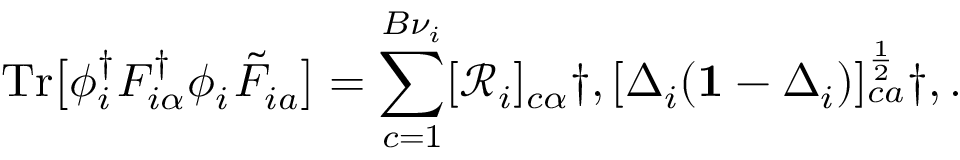
\mathrm { T r } \big [ \phi _ { i } ^ { \dagger } F _ { i \alpha } ^ { \dagger } \phi _ { i } ^ { \phantom { \dagger } } \tilde { F } _ { i a } ^ { \phantom { \dagger } } \big ] = \sum _ { c = 1 } ^ { B { \nu } _ { i } } [ \mathcal { R } _ { i } ] _ { c \alpha } \dag , [ \Delta _ { i } ( \mathbf { 1 } - \Delta _ { i } ) ] _ { c a } ^ { \frac { 1 } { 2 } } \dag , .